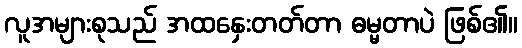
လူအများစုသည် အထနှေးတတ်တာ ဓမ္မတာပဲ ဖြစ်၏။